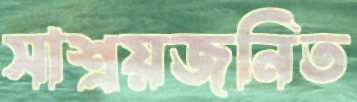
সাশ্রয়জনিত